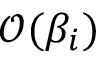
\mathcal { O } ( \beta _ { i } )